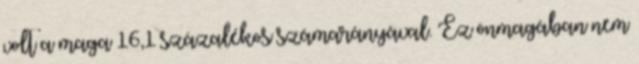
volt a maga 16,1 százalékos számarányával. Ez önmagában nem